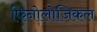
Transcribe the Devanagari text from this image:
फिनोलोजिकल